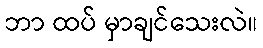
ဘာ ထပ် မှာချင်သေးလဲ။